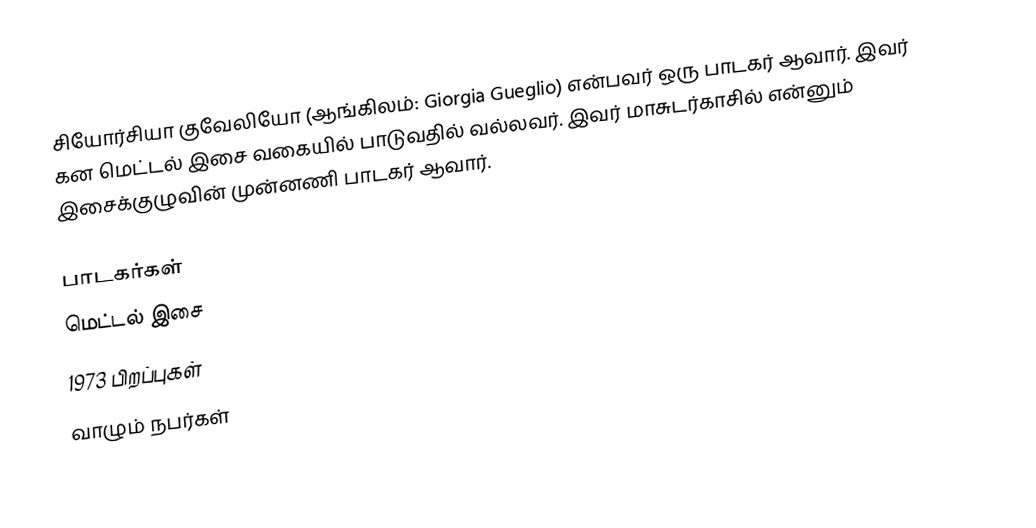
சியோர்சியா குவேலியோ (ஆங்கிலம்: Giorgia Gueglio) என்பவர் ஒரு பாடகர் ஆவார். இவர் கன மெட்டல் இசை வகையில் பாடுவதில் வல்லவர். இவர் மாசுடர்காசில் என்னும் இசைக்குழுவின் முன்னணி பாடகர் ஆவார்.

பாடகர்கள்
மெட்டல் இசை
1973 பிறப்புகள்
வாழும் நபர்கள்